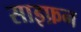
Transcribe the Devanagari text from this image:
साइफ़न